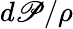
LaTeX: d\mathscr{P}/\rho